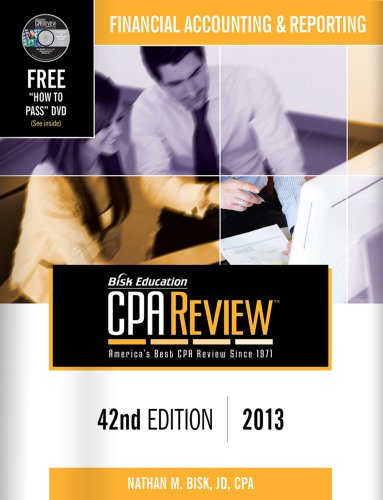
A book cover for Bisk CPA Review: Financial Accounting & Reporting - 42nd Edition 2013 (Comprehensive CPA Exam Review Financial Accounting & Reporting) (Cpa ... ... and Reporting Business Enterprises); Nathan M. Bisk; Test Preparation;